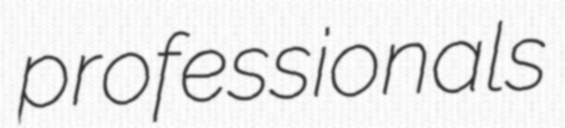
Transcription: professionals